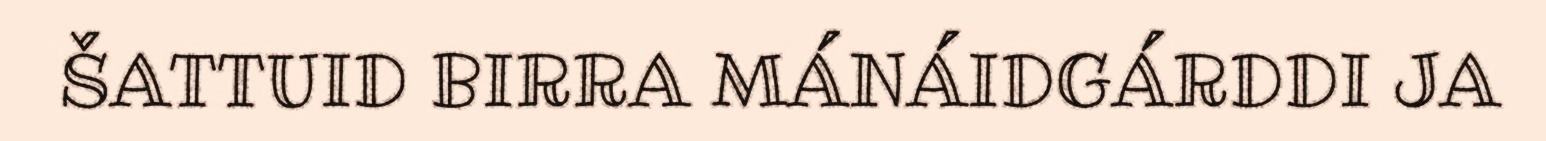
ŠATTUID BIRRA MÁNÁIDGÁRDDI JA